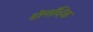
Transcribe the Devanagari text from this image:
बोल्शॅव्हिक